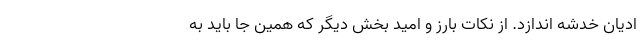
ادیان خدشه اندازد. از نکات بارز و امید بخش دیگر که همین جا باید به